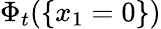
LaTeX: \Phi_{t}(\{ x_{1}=0\} )